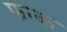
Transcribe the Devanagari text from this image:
फन्क